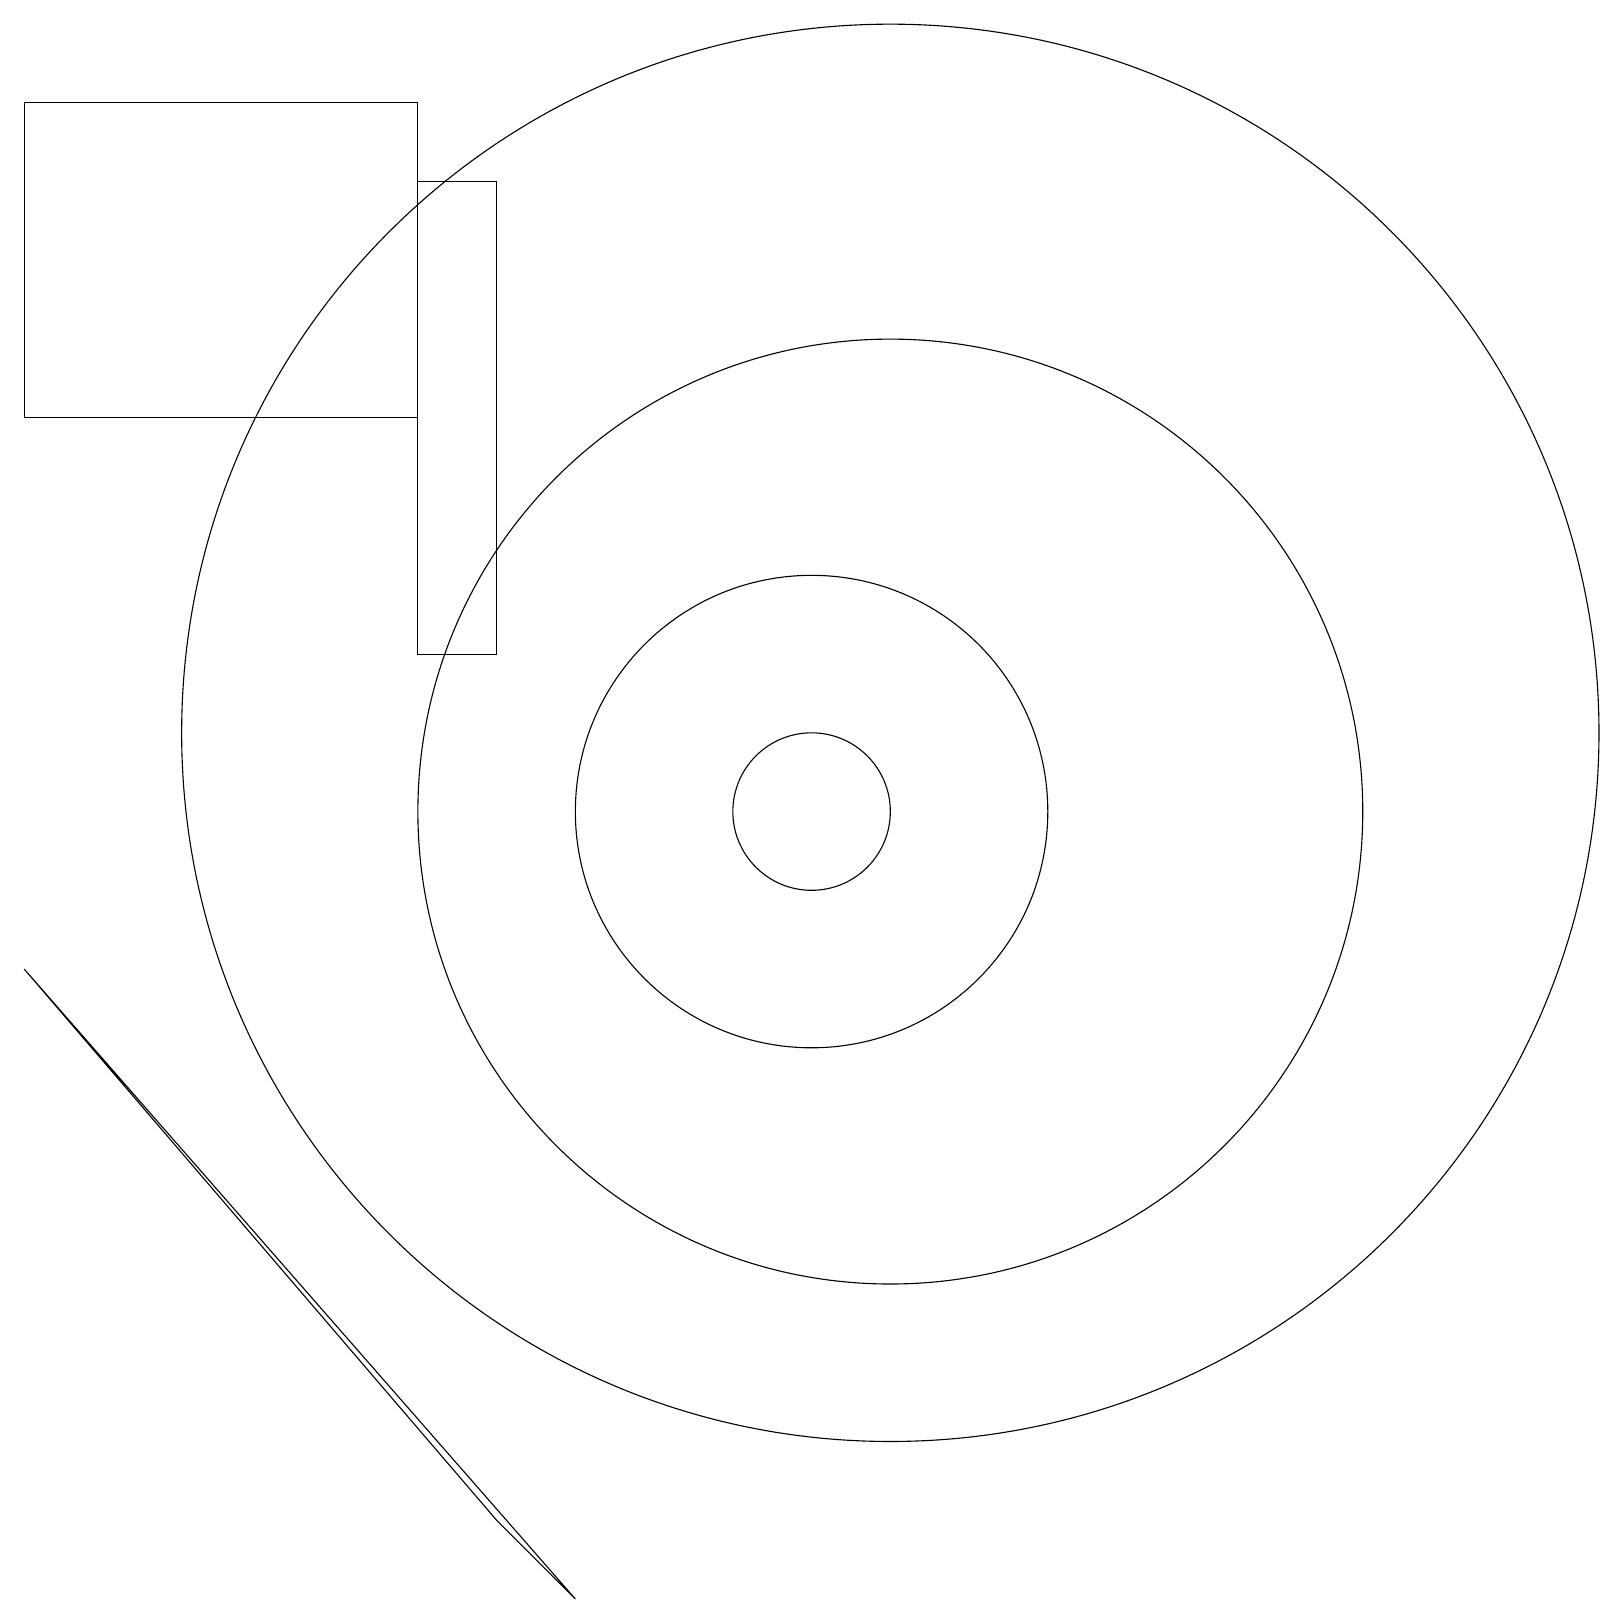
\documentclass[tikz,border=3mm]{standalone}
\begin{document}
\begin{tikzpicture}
\draw (11,10) circle (1);
\draw (12,11) circle (9);
\draw (8,0) -- (1,8) -- (7,1) -- cycle;
\draw (11,10) circle (3);
\draw (12,10) circle (6);
\draw (1,19) rectangle (6,15);
\draw (6,18) rectangle (7,12);
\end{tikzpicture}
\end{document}